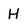
Character: H